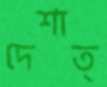
দেশাত্